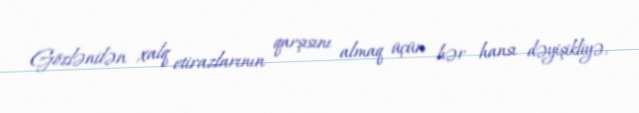
Gözlənilən xalq etirazlarının qarşısını almaq üçün hər hansı dəyişikliyə,